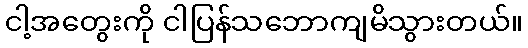
ငါ့အတွေးကို ငါပြန်သဘောကျမိသွားတယ်။